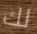
لك